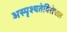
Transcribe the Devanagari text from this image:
अस्पृश्यतेविरोधात